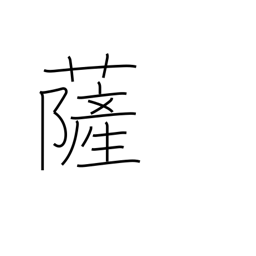
Meaning: Buddha